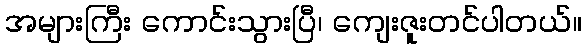
အများကြီး ကောင်းသွားပြီ၊ ကျေးဇူးတင်ပါတယ်။